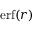
\mathrm { e r f } ( r )